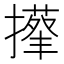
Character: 𢶬